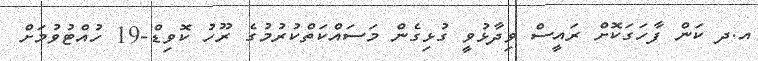
އ.ދ ކަން ފާހަގަކޮށް ރައީސް ވިދާޅުވީ ގުޅިގެން މަސައްކަތްކުރުމުގެ ރޫހު ކޮވިޑް-19 ހުއްޓުވުމަށް